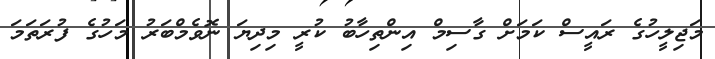
މަޖިލީހުގެ ރައީސް ކަމަށް ގާސިމް އިންތިހާބު ކުރީ މިދިޔަ ނޮވެމްބަރު މަހުގެ ފުރަތަމަ